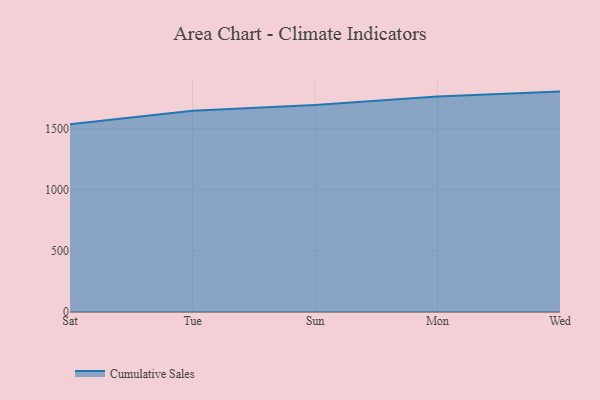
{"axis": {"x": "Day", "y": "Bounce Rate (%)"}, "legend": ["Cumulative Sales"], "data": [{"x": "Sat", "y": 1536.6, "type": "Cumulative Sales"}, {"x": "Tue", "y": 1647.5, "type": "Cumulative Sales"}, {"x": "Sun", "y": 1694.8, "type": "Cumulative Sales"}, {"x": "Mon", "y": 1762.8, "type": "Cumulative Sales"}, {"x": "Wed", "y": 1803.9, "type": "Cumulative Sales"}]}